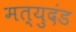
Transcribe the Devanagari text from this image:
मत्युदंड